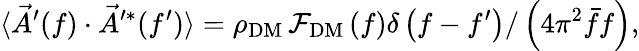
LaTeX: \langle\vec{A}^{\prime}(f)\cdot\vec{A}^{\prime*}(f^{\prime})\rangle=\rho_{\mathrm{DM}}\, \mathcal{F}_{\mathrm{DM}}\left(f\right)\delta\left(f-f^{\prime}\right)/\left(4\pi^{2}\bar{f}f\right),